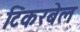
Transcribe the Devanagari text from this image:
टिंकरबेल